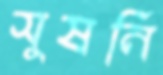
সুষনি